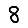
Digit: 8